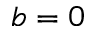
b = 0